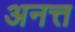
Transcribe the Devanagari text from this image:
अनत्त